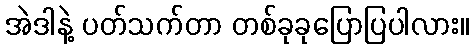
အဲဒါနဲ့ ပတ်သက်တာ တစ်ခုခုပြောပြပါလား။